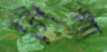
গিগা